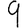
Digit: 9